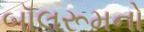
બૉલરૂમનો